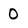
Character: 0